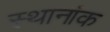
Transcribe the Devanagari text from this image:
स्थानांक